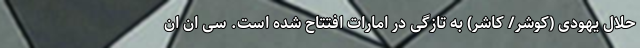
حلال یهودی (کوشر/ کاشر) به تازگی در امارات افتتاح شده است. سی ان ان